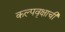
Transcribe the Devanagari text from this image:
कल्पवृक्षाची